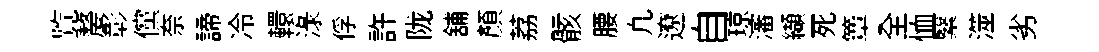
覧嫠彰儻奈諦冷轘渌俘許陇舖顔荔骸腰凢遼自琼瀋纈死簟全恤繄澨劣